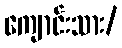
ကျောင်းသား/